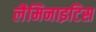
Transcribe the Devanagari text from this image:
लैमिनाइटिस